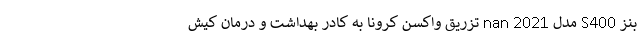
بنز S400 مدل 2021 nan تزریق واکسن کرونا به کادر بهداشت و درمان کیش